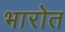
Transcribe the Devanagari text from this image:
भारोत